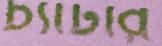
চ্যাটার